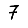
Digit: 7